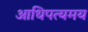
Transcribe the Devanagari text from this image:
आधिपत्यमय